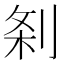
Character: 𭃯